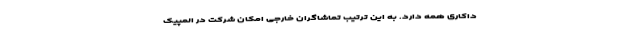
داکاری همه دارد. به این ترتیب تماشاگران خارجی امکان شرکت در المپیک